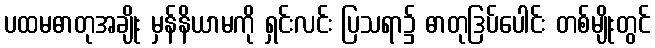
ပထမဓာတုအချိုး မှန်နိယာမကို ရှင်းလင်း ပြသရာ၌ ဓာတုဒြပ်ပေါင်း တစ်မျိုးတွင်